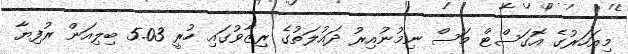
މިއަހަރުގެ އޮގަސްޓް މަސް ނިމުނުއިރު ދައުލަތުގެ ރިޒާވުގައި ހުރީ 5.03 ބިލިއަން ރުފިޔާ